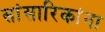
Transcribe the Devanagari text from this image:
सांसारिकांना